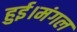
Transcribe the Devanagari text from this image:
हुई।मंगल